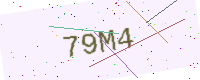
Text: 79M4